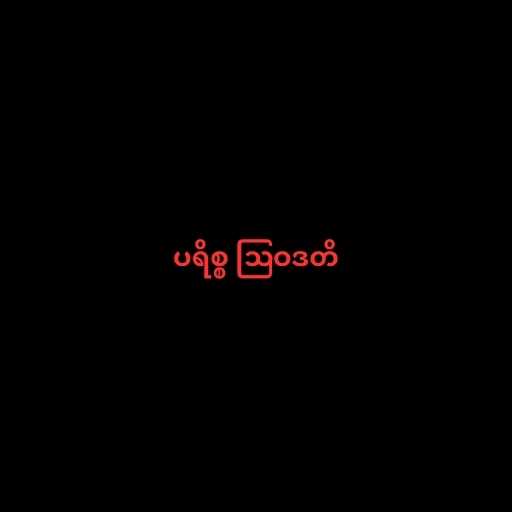
ပရိစ္စ ဩဝဒတိ